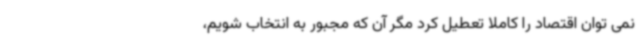
نمی توان اقتصاد را کاملا تعطیل کرد مگر آن که مجبور به انتخاب شویم،